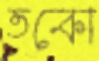
তকো